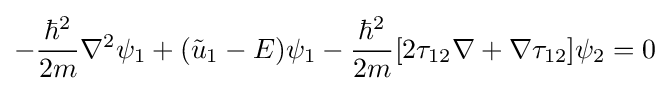
-{\frac {\hbar ^{2}}{2m}}\nabla ^{2}\psi _{1}+({\tilde {u}}_{1}-E)\psi _{1}-{\frac {\hbar ^{2}}{2m}}[2\mathbf {\tau } _{12}\nabla +\nabla \mathbf {\tau } _{12}]\psi _{2}=0